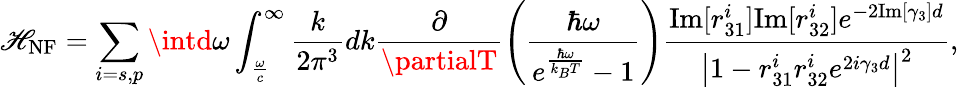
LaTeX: \mathscr{H}_{\mathrm{{NF}}}=\sum_{i=s,p}\intd\omega\int_{\frac{{\omega}}{{c}}}^{\infty}\frac{{k}}{{2\pi^{3}}}dk\frac{{\partial}}{{\partialT}}\left(\frac{{\hbar\omega}}{{e^{\frac{{\hbar\omega}}{{k_{B}T}}}-1}}\right)\frac{{\mathrm{{Im}}[r_{31}^{i}]\mathrm{{Im}}[r_{32}^{i}]e^{-2\mathrm{{Im}}[\gamma_{3}]d}}}{{\left|1-r_{31}^{i}r_{32}^{i}e^{2i\gamma_{3}d}\right|^{2}}}{,}